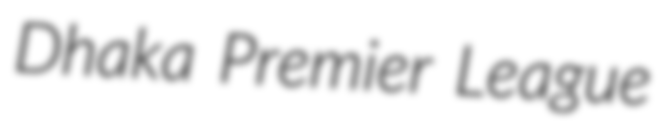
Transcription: Dhaka Premier League